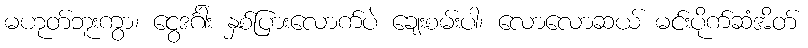
မဟုတ်ဘူးကွာ၊ ငွေဒင်္ဂါး နှစ်ပြားလောက်ပဲ ချေးစမ်းပါ၊ လောလောဆယ် မင်းပိုက်ဆံအိတ်